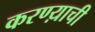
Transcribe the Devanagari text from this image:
करण्य़ाची